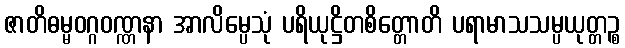
ဇာတိဓမ္မဝဂ္ဂဝဏ္ဏနာ အာလိမ္ပေသုံ ပရိယုဋ္ဌိတစိတ္တောတိ ပရာမာသသမ္ပယုတ္တဉ္စ